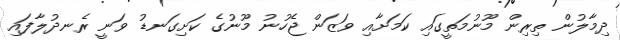
ދިމާލުން ތިރިން މޫނުމަތީގައި ކަމަށާއި ވަޒަން ޖެހުނު މޫނުގެ ކަށިގަނޑު ވަނީ ރެނދުލާފައި